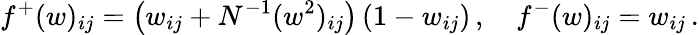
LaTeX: f^{+}(w)_{ij}=\big(w_{ij}+N^{-1}(w^{2})_{ij}\big)\, (1-w_{ij})\, ,\quad f^{-}(w)_{ij}=w_{ij}\, .